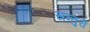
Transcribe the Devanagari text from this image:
सन्तुरी